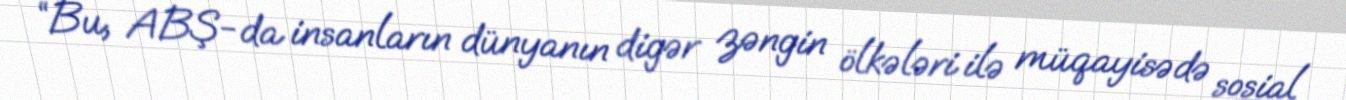
“Bu, ABŞ-da insanların dünyanın digər zəngin ölkələri ilə müqayisədə sosial